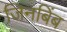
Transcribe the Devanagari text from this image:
जिनबिंब